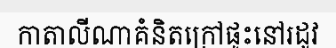
កាតាលីណាគំនិតក្រៅផ្ទះនៅរដូវ